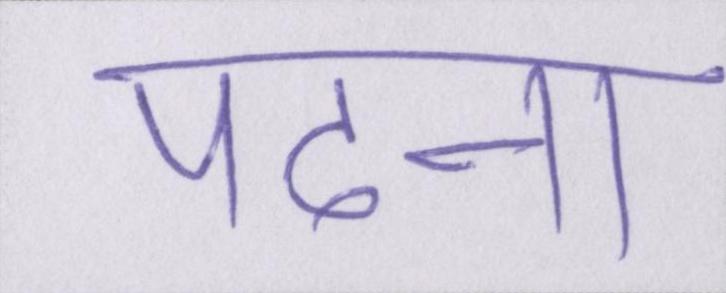
पढाना